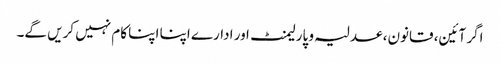
اگر آئین، قانون، عدلیہ و پارلیمنٹ ا ور ادارے اپنا اپنا کام نہیں کریں گے۔